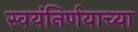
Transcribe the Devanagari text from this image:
स्वयंनिर्णयाच्या